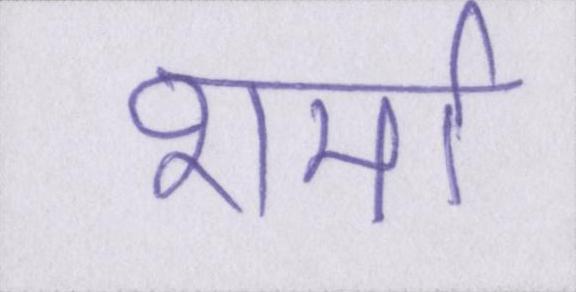
शर्मा